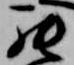
罷